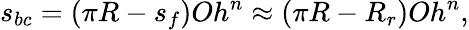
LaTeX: s_{bc}=(\pi R-s_{f})Oh^{n}\approx(\pi R-R_{r})Oh^{n},